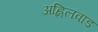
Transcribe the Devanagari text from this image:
अह्निलवाड